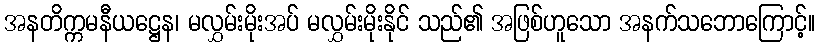
အနတိက္ကမနီယဋ္ဌေန၊ မလွှမ်းမိုးအပ် မလွှမ်းမိုးနိုင် သည်၏ အဖြစ်ဟူသော အနက်သဘောကြောင့်။